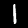
Label: 1